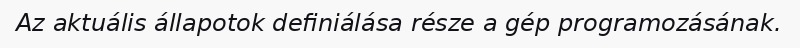
Az aktuális állapotok definiálása része a gép programozásának.